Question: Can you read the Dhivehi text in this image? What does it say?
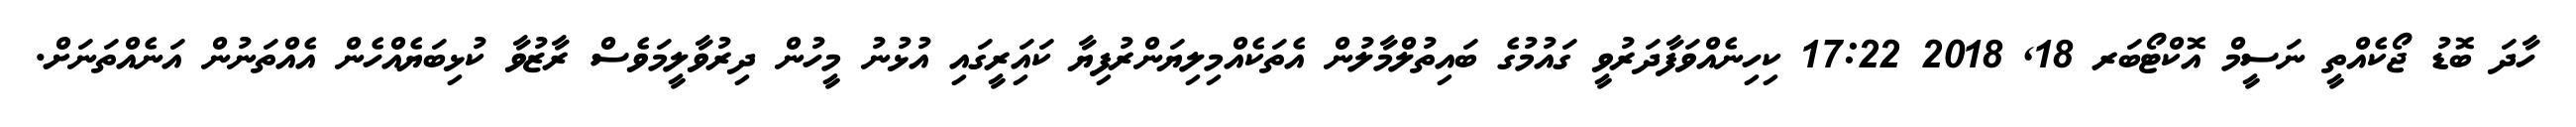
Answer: ހާދަ ބޮޑު ޖޯކެއްތީ ނަސީމް އޮކްޓޯބަރ 18, 2018 17:22 ކިހިނެއްވަފާދަރުވީ ގައުމުގެ ބައިތުލްމާލުން އެތަކެއްމިލިޔަންރުފިޔާ ކައަިރީގައި އުޅުނު މީހުން ދިރުވާލީމަވެސް ރާޒުވާ ކުޅިބަޔެއްހެން އެއްތަނުން އަނެއްތަނަށް.